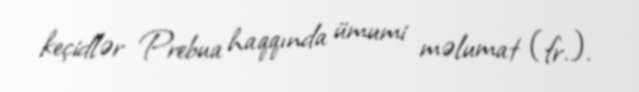
keçidlər Prebua haqqında ümumi məlumat (fr.).